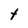
Character: t